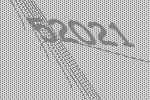
52021